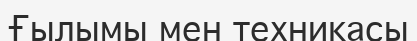
Ғылымы мен техникасы